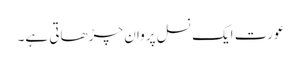
عورت ایک نسل پروان چڑھاتی ہے۔